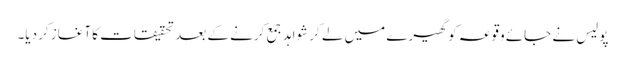
پولیس نے جائے وقوعہ کو گھیرے میں لے کر شواہد جمع کرنے کے بعد تحقیقات کا آغاز کر دیا۔